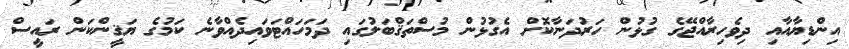
އިންޑިޔާއާއި ދިވެހިރާއްޖޭގެ ގުޅުން ހަރުދަނާކޮށް އެގުޅުން މުސްތަޤްބަލުގައި ދަމަހައްޓަވައިދެއްވާނެ ކަމުގެ ޔަޤީންކަން ރައީސް